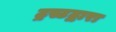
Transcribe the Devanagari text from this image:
ट्रस्टद्वारा